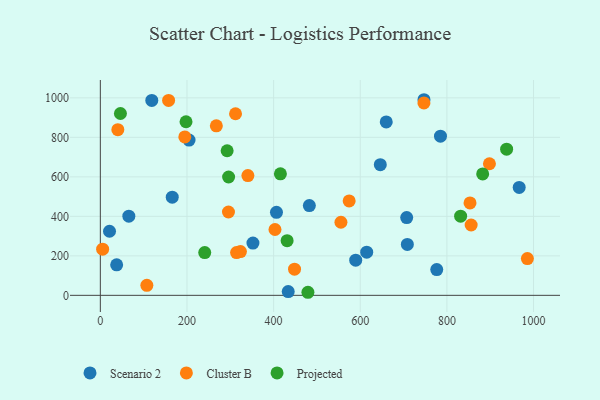
{"axis": {"x": "Experience", "y": "Profit"}, "legend": ["Cluster B", "Projected", "Scenario 2"], "data": [{"x": "406.6", "y": 420.3, "type": "Scenario 2"}, {"x": "785.2", "y": 806.0, "type": "Scenario 2"}, {"x": "482.5", "y": 454.5, "type": "Scenario 2"}, {"x": "166.0", "y": 496.9, "type": "Scenario 2"}, {"x": "433.7", "y": 19.2, "type": "Scenario 2"}, {"x": "708.7", "y": 257.6, "type": "Scenario 2"}, {"x": "118.8", "y": 986.9, "type": "Scenario 2"}, {"x": "747.1", "y": 990.5, "type": "Scenario 2"}, {"x": "21.2", "y": 324.4, "type": "Scenario 2"}, {"x": "37.7", "y": 154.3, "type": "Scenario 2"}, {"x": "776.6", "y": 130.6, "type": "Scenario 2"}, {"x": "589.5", "y": 178.0, "type": "Scenario 2"}, {"x": "204.8", "y": 786.1, "type": "Scenario 2"}, {"x": "352.3", "y": 264.5, "type": "Scenario 2"}, {"x": "614.9", "y": 218.3, "type": "Scenario 2"}, {"x": "707.2", "y": 394.0, "type": "Scenario 2"}, {"x": "65.8", "y": 401.0, "type": "Scenario 2"}, {"x": "646.3", "y": 661.7, "type": "Scenario 2"}, {"x": "660.0", "y": 878.3, "type": "Scenario 2"}, {"x": "966.9", "y": 546.5, "type": "Scenario 2"}, {"x": "312.1", "y": 919.4, "type": "Cluster B"}, {"x": "40.4", "y": 838.9, "type": "Cluster B"}, {"x": "5.3", "y": 233.9, "type": "Cluster B"}, {"x": "295.8", "y": 422.1, "type": "Cluster B"}, {"x": "323.4", "y": 221.7, "type": "Cluster B"}, {"x": "314.5", "y": 216.6, "type": "Cluster B"}, {"x": "340.6", "y": 606.5, "type": "Cluster B"}, {"x": "107.4", "y": 50.8, "type": "Cluster B"}, {"x": "856.0", "y": 356.1, "type": "Cluster B"}, {"x": "195.0", "y": 802.0, "type": "Cluster B"}, {"x": "448.3", "y": 132.6, "type": "Cluster B"}, {"x": "157.6", "y": 987.1, "type": "Cluster B"}, {"x": "853.4", "y": 468.1, "type": "Cluster B"}, {"x": "403.2", "y": 333.3, "type": "Cluster B"}, {"x": "985.8", "y": 186.2, "type": "Cluster B"}, {"x": "555.4", "y": 370.0, "type": "Cluster B"}, {"x": "747.0", "y": 974.1, "type": "Cluster B"}, {"x": "898.2", "y": 666.4, "type": "Cluster B"}, {"x": "574.4", "y": 478.0, "type": "Cluster B"}, {"x": "267.8", "y": 858.5, "type": "Cluster B"}, {"x": "831.7", "y": 401.0, "type": "Projected"}, {"x": "197.8", "y": 878.9, "type": "Projected"}, {"x": "292.7", "y": 732.1, "type": "Projected"}, {"x": "415.7", "y": 615.4, "type": "Projected"}, {"x": "46.4", "y": 920.8, "type": "Projected"}, {"x": "882.6", "y": 614.8, "type": "Projected"}, {"x": "296.1", "y": 599.2, "type": "Projected"}, {"x": "431.2", "y": 276.7, "type": "Projected"}, {"x": "937.9", "y": 740.0, "type": "Projected"}, {"x": "241.0", "y": 216.6, "type": "Projected"}, {"x": "479.2", "y": 15.5, "type": "Projected"}]}